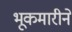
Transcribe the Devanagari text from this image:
भूकमारीने